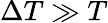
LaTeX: \Delta T\gg T